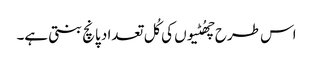
اس طرح چھُٹیوں کی کُل تعداد پانچ بنتی ہے۔